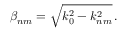
\beta _ { n m } = \sqrt { k _ { 0 } ^ { 2 } - k _ { n m } ^ { 2 } } \, .